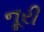
નૂરી